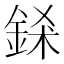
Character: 𨦾